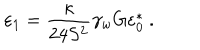
LaTeX: \varepsilon _ { 1 } = \frac { \kappa } { 2 4 S ^ { 2 } } \gamma _ { w } G \varepsilon _ { 0 } ^ { * } \ .